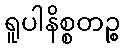
ရူပါနိစ္စတဉ္စ